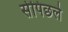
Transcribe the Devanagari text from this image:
सेपिछले